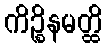
ကိဉ္စိနမတ္ထိ